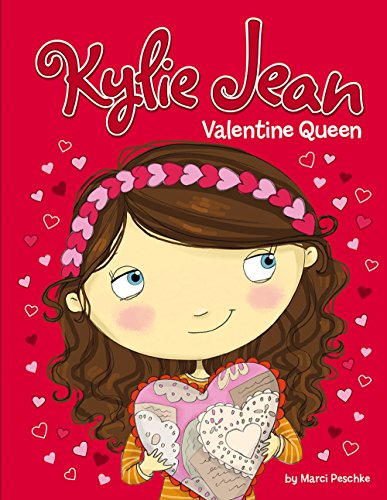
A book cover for Valentine Queen (Kylie Jean); Marci Peschke; Children's Books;